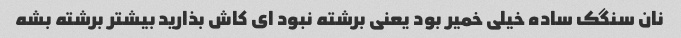
نان سنگک ساده خیلی خمیر بود یعنی برشته نبود ای کاش بذارید بیشتر برشته بشه